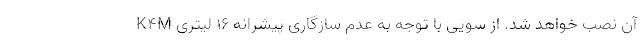
آن نصب خواهد شد. از سویی با توجه به عدم سازگاری پیشرانه ۱۶ لیتری K4M